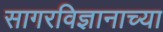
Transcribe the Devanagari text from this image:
सागरविज्ञानाच्या